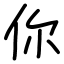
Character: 你